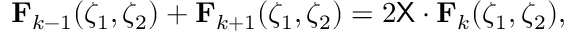
\mathbf F _ { k - 1 } ( \zeta _ { 1 } , \zeta _ { 2 } ) + \mathbf F _ { k + 1 } ( \zeta _ { 1 } , \zeta _ { 2 } ) = 2 \mathsf X \cdot \mathbf F _ { k } ( \zeta _ { 1 } , \zeta _ { 2 } ) ,